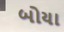
બોયા